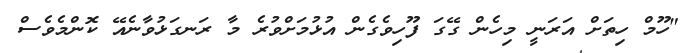
"ހޫމް ހިތަށް އަރަނީ މިހެން ގޭގަ ފޫހިވެގެން އުޅުމަށްވުރެ މާ ރަނގަޅުވާނެއޭ ކޮންމެވެސް